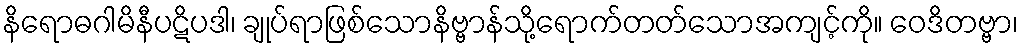
နိရောဓဂါမိနီပဋိပဒါ၊ ချုပ်ရာဖြစ်သောနိဗ္ဗာန်သို့ရောက်တတ်သောအကျင့်ကို။ ဝေဒိတဗ္ဗာ၊